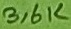
Text: 3,6K